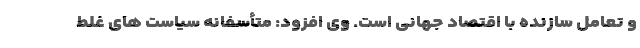
و تعامل سازنده با اقتصاد جهانی است. وی افزود: متأسفانه سیاست های غلط